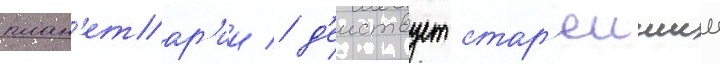
план'етар'ии / д'еиствует стар'еишии